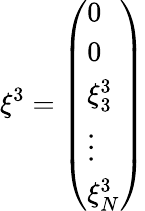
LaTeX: {{\mathbf{\xi}}^{3}}=\left(\begin{array}{l}{0}\\ {0}\\ {\xi_{3}^{3}}\\ {\vdots}\\ {\xi_{N}^{3}}\end{array}\right)